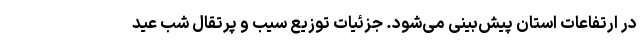
در ارتفاعات استان پیش‌بینی می‌شود. جزئیات توزیع سیب و پرتقال شب عید